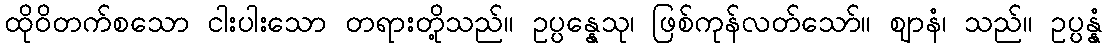
ထိုဝိတက်စသော ငါးပါးသော တရားတို့သည်။ ဥပ္ပန္နေသု၊ ဖြစ်ကုန်လတ်သော်။ ဈာနံ၊ သည်။ ဥပ္ပန္နံ